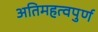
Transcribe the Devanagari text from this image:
अतिमहत्‍वपुर्ण